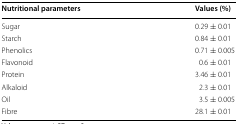
<table><thead><tr><td><b>Nutritional parameters</b></td><td><b>Values (%)</b></td></tr></thead><tbody><tr><td>Sugar</td><td>0.29 ± 0.01</td></tr><tr><td>Starch</td><td>0.84 ± 0.01</td></tr><tr><td>Phenolics</td><td>0.71 ± 0.005</td></tr><tr><td>Flavonoid</td><td>0.6 ± 0.01</td></tr><tr><td>Protein</td><td>3.46 ± 0.01</td></tr><tr><td>Alkaloid</td><td>2.3 ± 0.01</td></tr><tr><td>Oil</td><td>3.5 ± 0.005</td></tr><tr><td>Fibre</td><td>28.1 ± 0.01</td></tr></tbody></table>